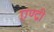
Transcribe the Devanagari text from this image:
एण्द्री